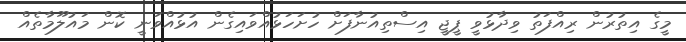
މީގެ އިތުރުން ރިއްފަތު ވިދާޅުވީ ޕީޖީ އިސްތިއުނާފަށް ހުށަހަޅުއްވައިގެން އުޅުއްވަނީ ކޮން މައުލޫމާތެއް